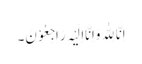
اِنَّا لِلّٰہِ وَاِنَّااِلَیْہِ رَاجِعُوْنَ۔